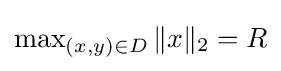
{\textstyle \max _{(x,y)\in D}\|x\|_{2}=R}